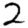
Digit: 2